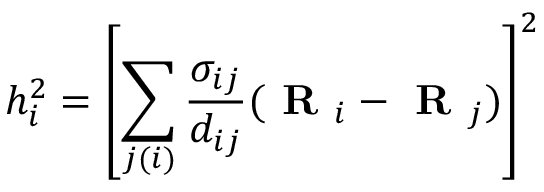
h _ { i } ^ { 2 } = \left[ \sum _ { j ( i ) } \frac { \sigma _ { i j } } { d _ { i j } } ( \textbf { R } _ { i } - \textbf { R } _ { j } ) \right] ^ { 2 }